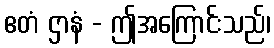
ဧတံ ဌာနံ - ဤအကြောင်းသည်၊